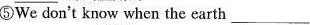
⑤We don't know when the earth ___